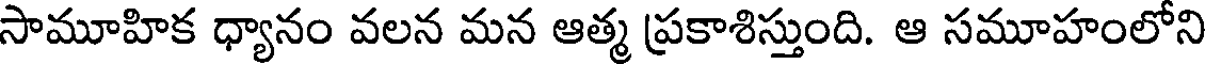
సామూహిక ధ్యానం వలన మన ఆత్మ ప్రకాశిస్తుంది. ఆ సమూహంలోని